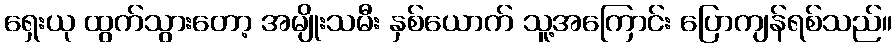
ရှေးယု ထွက်သွားတော့ အမျိုးသမီး နှစ်ယောက် သူ့အကြောင်း ပြောကျန်ရစ်သည်။